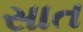
સાત